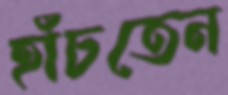
হাঁচতেন